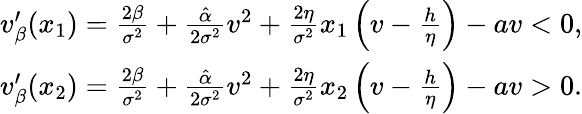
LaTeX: \begin{array}{r}{v_{\beta}^{\prime}(x_{1})=\frac{2\beta}{\sigma^{2}}+\frac{\hat{\alpha}}{2\sigma^{2}}v^{2}+\frac{2\eta}{\sigma^{2}}x_{1}\left(v-\frac{h}{\eta}\right)-av<0,}\\ {v_{\beta}^{\prime}(x_{2})=\frac{2\beta}{\sigma^{2}}+\frac{\hat{\alpha}}{2\sigma^{2}}v^{2}+\frac{2\eta}{\sigma^{2}}x_{2}\left(v-\frac{h}{\eta}\right)-av>0.}\end{array}